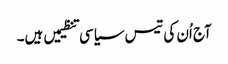
آج اُن کی تیس سیاسی تنظیمیں ہیں۔